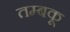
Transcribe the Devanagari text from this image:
तम्बकू